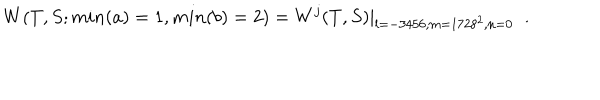
LaTeX: W ( T , S ; m i n ( a ) = 1 , m i n ( b ) = 2 ) = W ^ { j } ( T , S ) | _ { l = - 3 4 5 6 , m = 1 7 2 8 ^ { 2 } , n = 0 } \; \; .